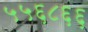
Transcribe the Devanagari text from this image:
५५६८६६